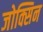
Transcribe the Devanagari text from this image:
जोक्सिन